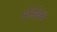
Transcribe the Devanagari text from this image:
प्रतिबिबं